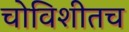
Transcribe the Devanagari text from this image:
चोविशीतच